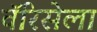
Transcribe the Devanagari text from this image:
वॅरिसेला